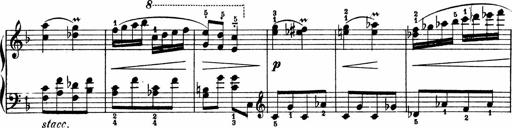
Title: 2 Sonatinen
Composer: Lambertus Adrianus van Tetterode